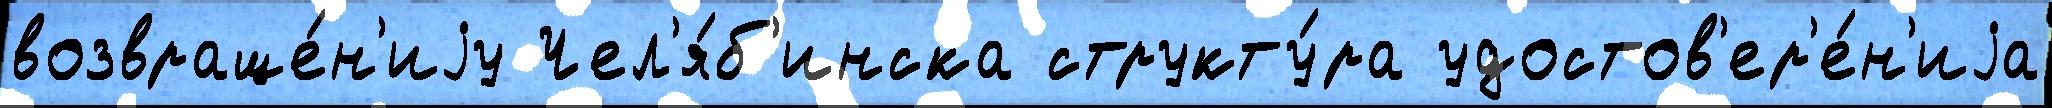
возвраще́н'иjу Чел'я́б'инска структу́ра удостов'ер'е́н'иjа